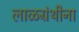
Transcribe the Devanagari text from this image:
लाळग्रंथीना